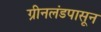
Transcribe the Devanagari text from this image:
ग्रीनलंडपासून